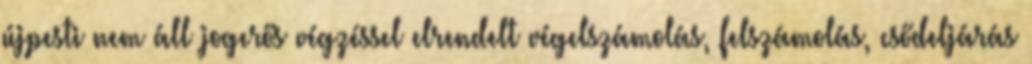
újpesti nem áll jogerős végzéssel elrendelt végelszámolás, felszámolás, csődeljárás